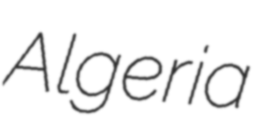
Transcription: Algeria